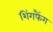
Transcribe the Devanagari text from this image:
शिंगफैंग